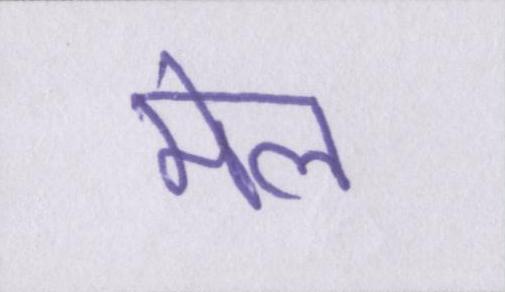
मेल